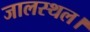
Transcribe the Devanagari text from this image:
जालस्थल।